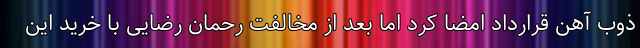
ذوب آهن قرارداد امضا کرد اما بعد از مخالفت رحمان رضایی با خرید این